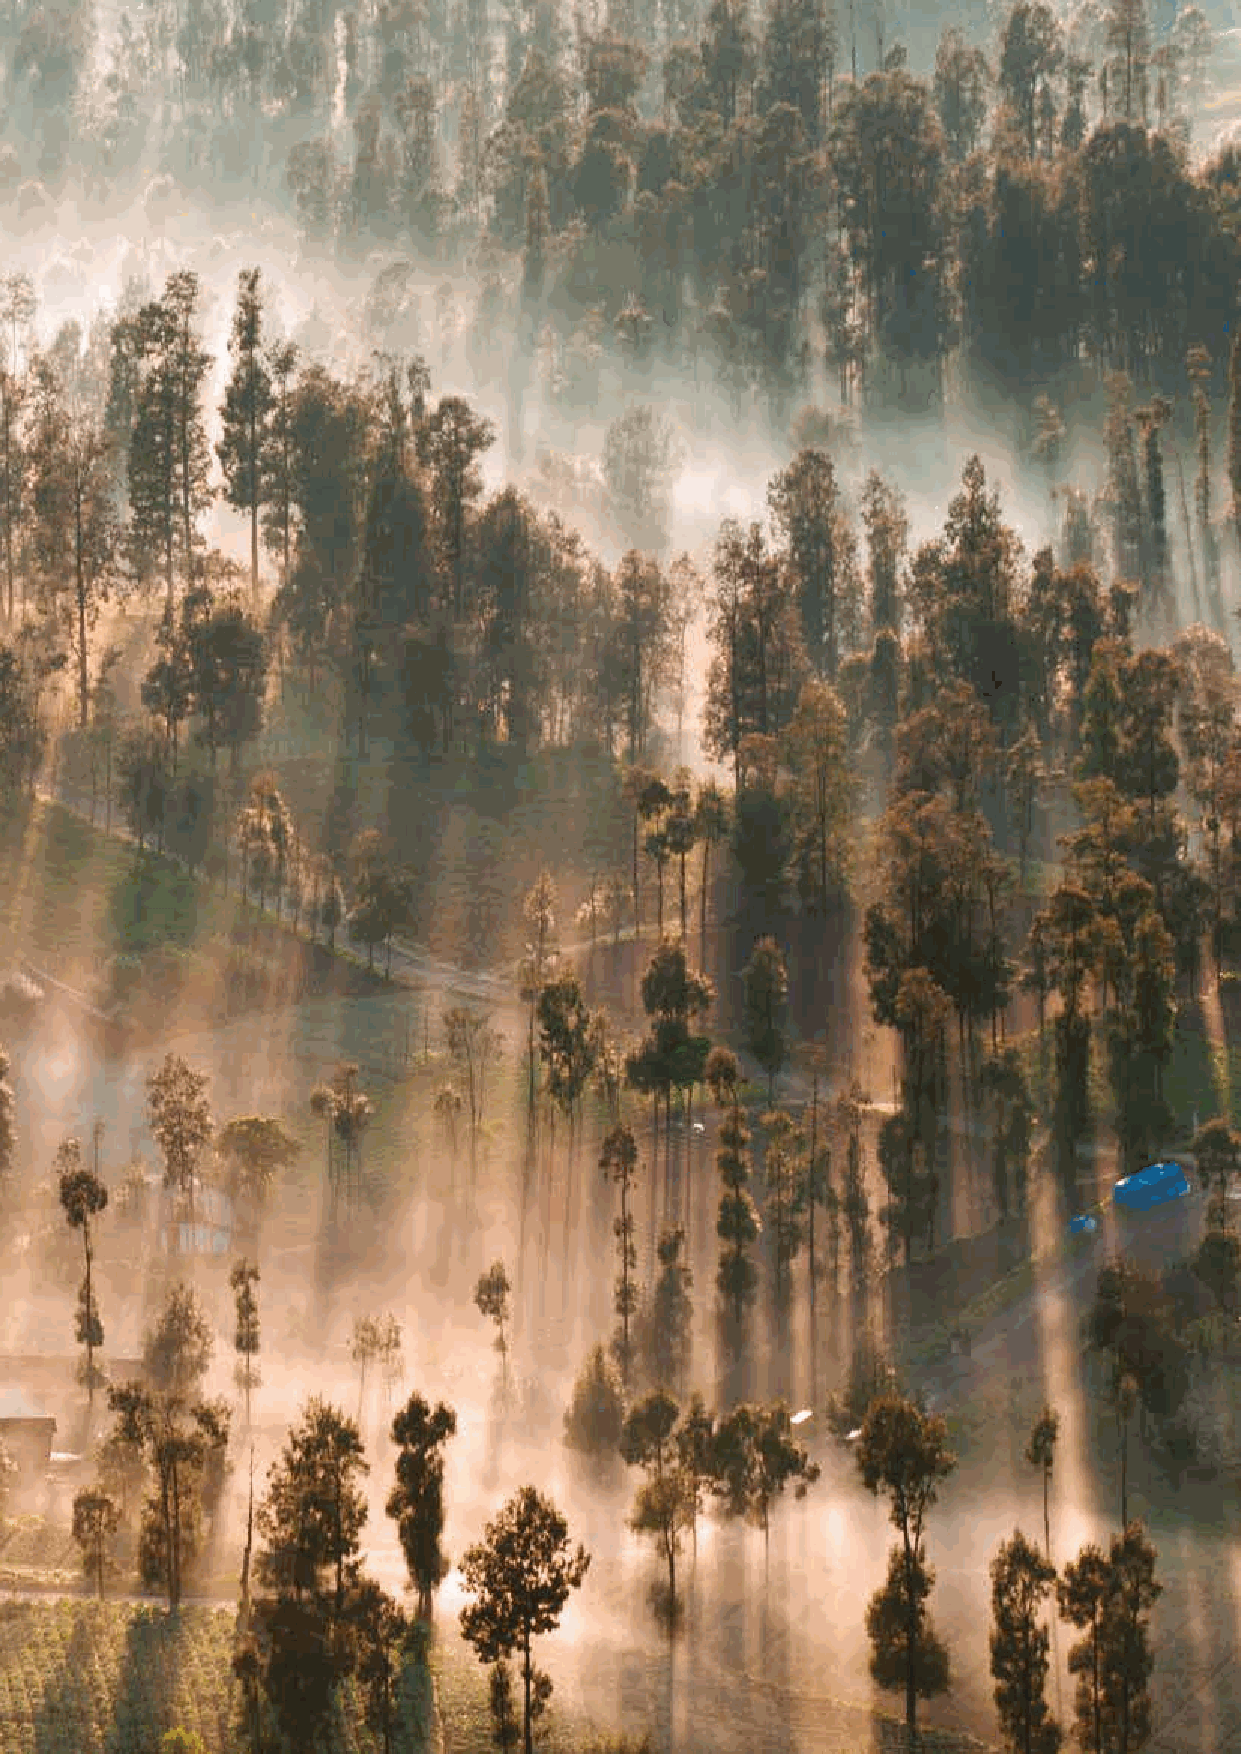
6                                                                      37